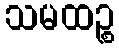
သမထဉ္စ